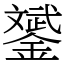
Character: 𨭉